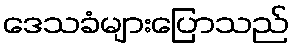
ဒေသခံများပြောသည်